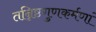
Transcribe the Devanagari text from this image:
तन्निष्ठगुणकर्मणां